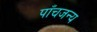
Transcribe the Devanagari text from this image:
पाँचजन्य